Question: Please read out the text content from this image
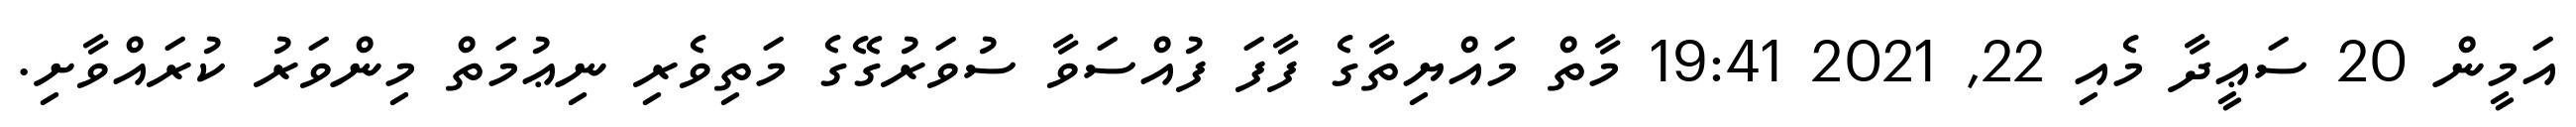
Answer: އަމީން 20 ސަޢީދާ މެއި 22, 2021 19:41 މާތް މައްޔިތާގެ ފާފަ ފުއްސަވާ ސުވަރުގޭގެ މަތިވެރި ނިޢުމަތް މިންވަރު ކުރައްވާށި.